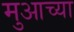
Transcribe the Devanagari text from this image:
मुआच्या